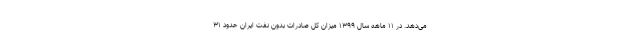
می‌دهد. در ۱۱ ماهه سال ۱۳۹۹ میزان کل صادرات بدون نفت ایران حدود ۳۱